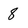
Character: 8